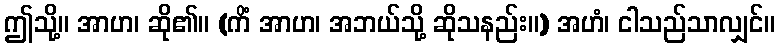
ဤသို့။ အာဟ၊ ဆို၏။ (ကိံ အာဟ၊ အဘယ်သို့ ဆိုသနည်း။) အဟံ၊ ငါသည်သာလျှင်။